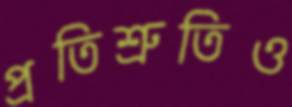
প্রতিশ্রুতিও